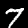
Digit: 7